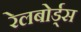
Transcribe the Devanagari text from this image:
रेलबोर्ड्स